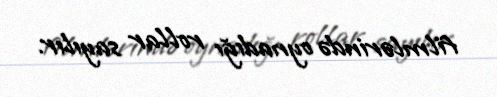
filmlərində oynadığı rollar sayılır.